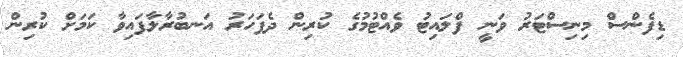
ޑިފެންސް މިނިސްޓަރު ވަނީ ފްލައިޓު ވެއްޓުމުގެ ކުރިން ދެފަހަރު އަނބުރާލާފައިވާ ކަމަށް ކުރިން